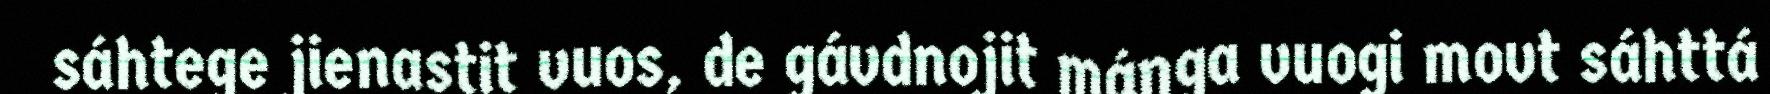
sáhtege jienastit vuos, de gávdnojit máŋga vuogi movt sáhttá